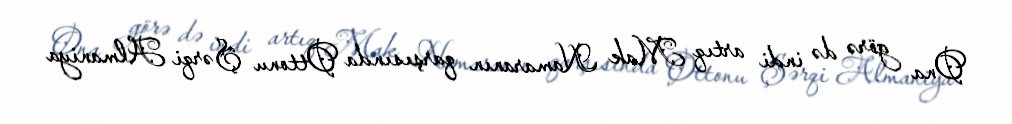
Ona görə də indi artıq Mak Namaranın qarşısında Ottonu Şərqi Almaniya